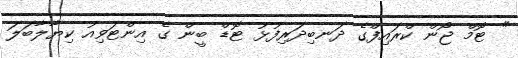
" ޓޮމް ޖޯން ކްރައިފްގެ ދަނބިދަރިފުޅު ޓޮޑް ބީން ގެ އިންޓަވިއު ކިޔާލާބަލަ